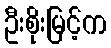
ဦးစိုးမြင့်က